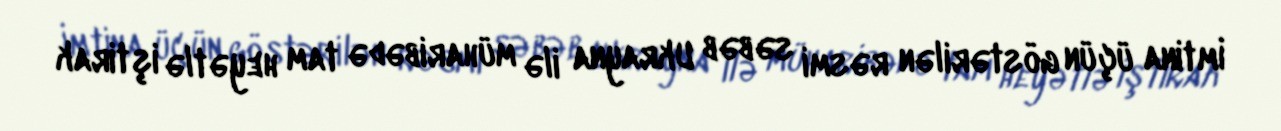
İmtina üçün göstərilən rəsmi səbəb Ukrayna ilə müharibədə tam heyətlə iştirak